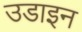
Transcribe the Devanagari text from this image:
उडाइन